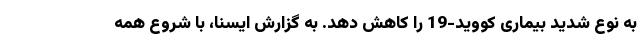
به نوع شدید بیماری کووید-19 را کاهش دهد. به گزارش ایسنا، با شروع همه